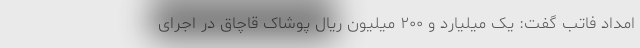
امداد فاتب گفت: یک میلیارد و ۲۰۰ میلیون ریال پوشاک قاچاق در اجرای